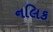
નલિક